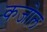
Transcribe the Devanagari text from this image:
कजोल